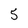
Character: 5